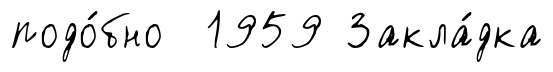
подо́бно 1959 Закла́дка